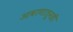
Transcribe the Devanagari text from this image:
आवरणातूनही